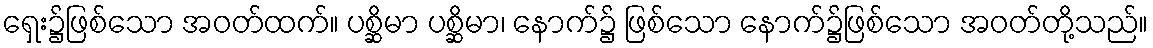
ရှေး၌ဖြစ်သော အဝတ်ထက်။ ပစ္ဆိမာ ပစ္ဆိမာ၊ နောက်၌ ဖြစ်သော နောက်၌ဖြစ်သော အဝတ်တို့သည်။